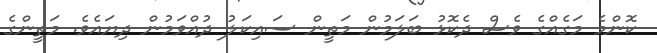
ކޮންމެ މަގެއްގެ ވެސް ދެކޮޅު ބަލަމުން މަތީން ސައިކަލު ދުއްވަމުން ދިޔައެވެ. މަތީންގެ